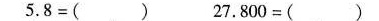
5.8=( ) 27.800=( )